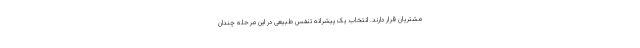
مشتریان قرار دارند. انتخاب یک پیشرانه تنفس طبیعی در این مرحله چندان